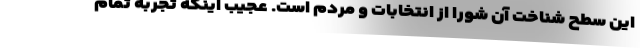
این سطح شناخت آن شورا از انتخابات و مردم است. عجیب اینکه تجربه تمام